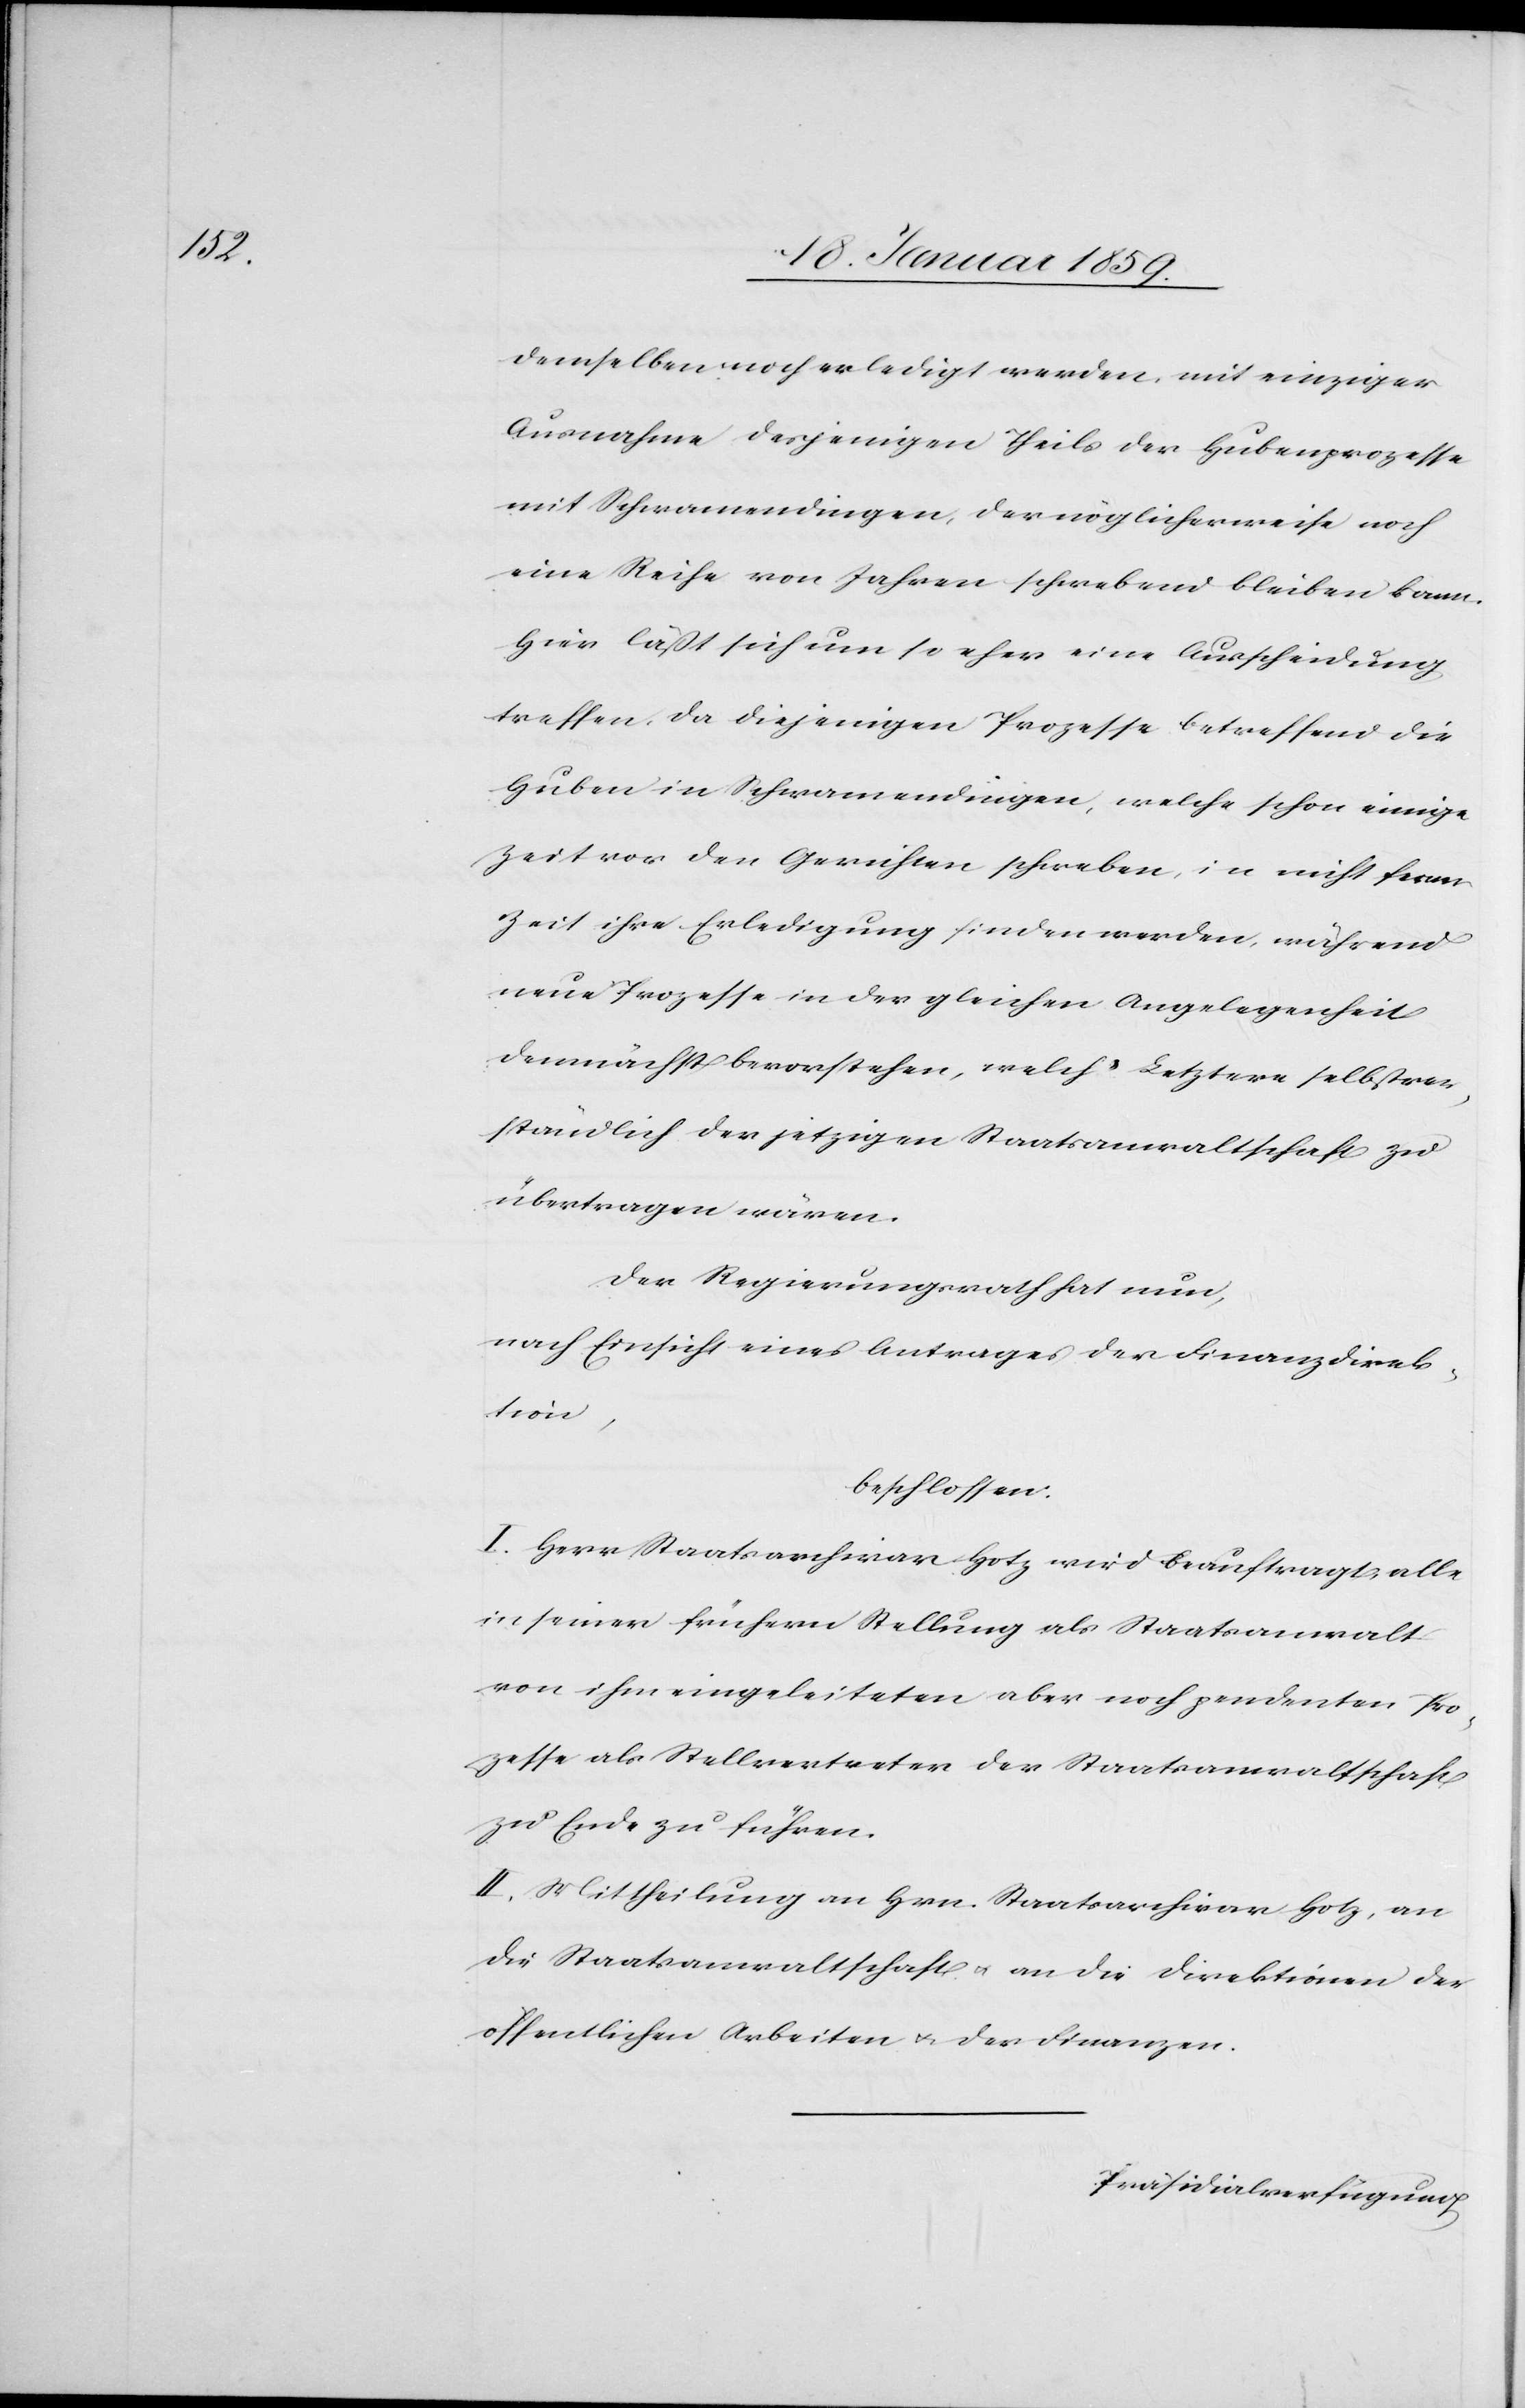
demselben noch erledigt werden, mit einziger
Ausnahme desjenigen Theils der Hubenprozesse
mit Schwamendingen, der möglicherweise noch
eine Reihe von Jahren schwebend bleiben kann.
Hier läßt sich um so eher eine Ausscheidung
treffen, da diejenigen Prozesse betreffend die
Huben in Schwamendingen, welche schon einige
Zeit vor den Gerichten schweben, in nicht ferner
Zeit ihre Erledigung finden werden, während
neue Prozesse in der gleichen Angelegenheit
demnächst bevorstehen, welch' Letztere selbstver¬
ständlich der jetzigen Staatsanwaltschaft zu
übertragen wären.
Der Regierungsrath hat nun,
nach Einsicht eines Antrages der Finanzdirek¬
tion,
beschlossen:
I. Herr Staatsarchivar Hotz wird beauftragt, alle
in seiner frühern Stellung als Staatsanwalt
von ihm eingeleiteten aber noch pendenten Pro¬
zesse als Stellvertreter der Staatsanwaltschaft
zu Ende zu führen.
II Mittheilung an Hrn. Staatsarchivar Hotz, an
die Staatsanwaltschaft u. an die Direktion der
öffentlichen Arbeiten u. der Finanzen.